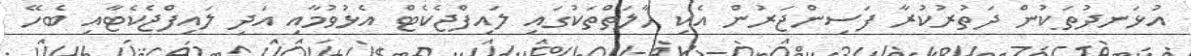
އުޅަނދުތަކުން ދަތުރުކުރާ ފަސިންޖަރުން އެކި ހާލަތްތަކުގައި ލައިފްޖެކެޓް އެޅުވުމާއި އަދި ލައިފްޖެކެޓާއި ބެހޭ